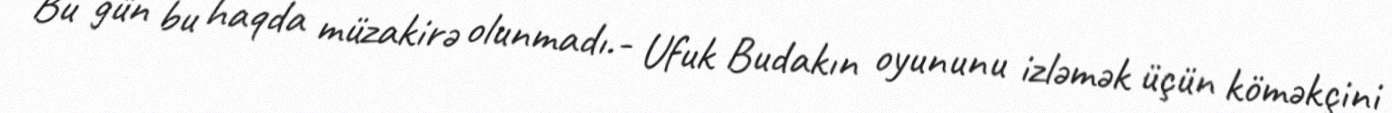
Bu gün bu haqda müzakirə olunmadı.- Ufuk Budakın oyununu izləmək üçün köməkçini